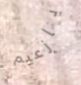
يازعيم